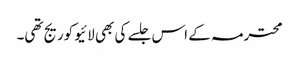
محترمہ کے اس جلسے کی بھی لائیو کوریج تھی۔